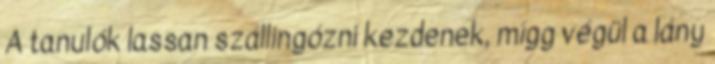
A tanulók lassan szállingózni kezdenek, mígg végül a lány